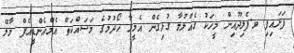
ފަށައިފި ވ.ފެލިދޫއިން މީހަކު ގެއްލުމާ ގުޅިގެން އެމީހާ ހޯދުމުގެ މަސައްކަތް އެމްއެންޑީއެފް މާލޭ